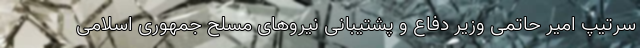
سرتیپ امیر حاتمی‌ وزیر دفاع و پشتیبانی نیروهای مسلح جمهوری اسلامی